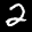
Label: 2